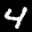
Label: 4